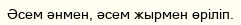
Әсем әнмен, әсем жырмен өрiлiп.